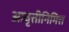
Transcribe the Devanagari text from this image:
आवृत्तीनिमित्त